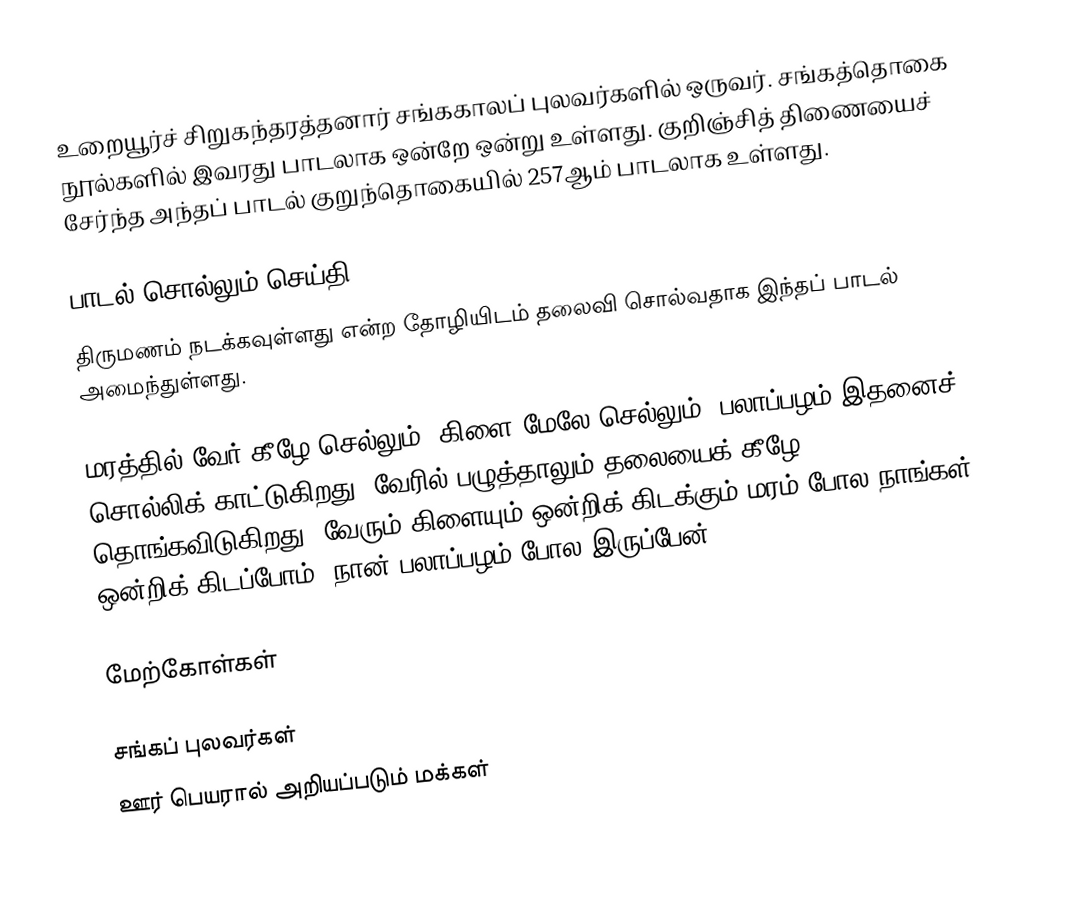
உறையூர்ச் சிறுகந்தரத்தனார் சங்ககாலப் புலவர்களில் ஒருவர். சங்கத்தொகை நூல்களில் இவரது பாடலாக ஒன்றே ஒன்று உள்ளது. குறிஞ்சித் திணையைச் சேர்ந்த அந்தப் பாடல் குறுந்தொகையில் 257ஆம் பாடலாக உள்ளது.

பாடல் சொல்லும் செய்தி
திருமணம் நடக்கவுள்ளது என்ற தோழியிடம் தலைவி சொல்வதாக இந்தப் பாடல் அமைந்துள்ளது.

மரத்தில் வேர் கீழே செல்லும். கிளை மேலே செல்லும். பலாப்பழம் இதனைச் சொல்லிக் காட்டுகிறது. வேரில் பழுத்தாலும் தலையைக் கீழே தொங்கவிடுகிறது. வேரும் கிளையும் ஒன்றிக் கிடக்கும் மரம் போல நாங்கள் ஒன்றிக் கிடப்போம். நான் பலாப்பழம் போல இருப்பேன்.

மேற்கோள்கள்

சங்கப் புலவர்கள்
ஊர் பெயரால் அறியப்படும் மக்கள்